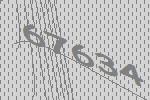
67634